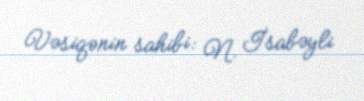
Vəsiqənin sahibi: N. İsabəyli